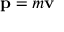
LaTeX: \mathbf { p } = m \mathbf { v }